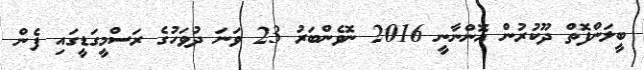
ބީލަންފޮތް ދޫކުރުން އޮންނާނީ 2016 ނޮވެންބަރު 23 ވަނަ ދުވަހުގެ ރަސްމީގަޑީގައި ފެން